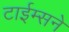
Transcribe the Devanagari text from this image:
टाईम्सने